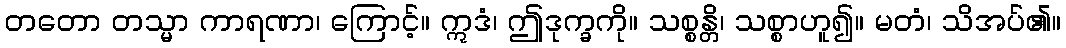
တတော တသ္မာ ကာရဏာ၊ ကြောင့်။ ဣဒံ၊ ဤဒုက္ခကို။ သစ္စန္တိ၊ သစ္စာဟူ၍။ မတံ၊ သိအပ်၏။